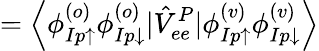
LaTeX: =\left<\phi_{Ip\uparrow}^{(o)}\phi_{Ip\downarrow}^{(o)}|\hat{V}_{ee}^{P}|{\phi_{Ip\uparrow}^{(v)}\phi_{Ip\downarrow}^{(v)}}\right>